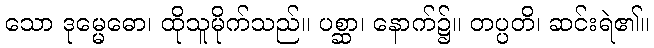
သော ဒုမ္မေဓော၊ ထိုသူမိုက်သည်။ ပစ္ဆာ၊ နောက်၌။ တပ္ပတိ၊ ဆင်းရဲ၏။